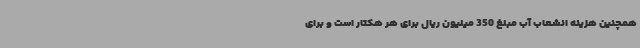
همچنین هزینه انشعاب آب مبلغ 350 میلیون ریال برای هر هکتار است و برای